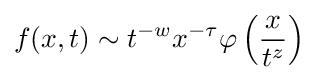
f(x,t)\sim t^{-w}x^{-\tau }\varphi \left({\frac {x}{t^{z}}}\right)